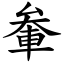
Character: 軬